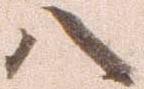
八